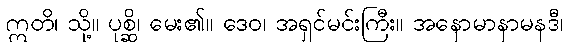
ဣတိ၊ သို့။ ပုစ္ဆိ၊ မေး၏။ ဒေဝ၊ အရှင်မင်းကြီး။ အနောမာနာမနဒီ၊